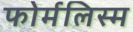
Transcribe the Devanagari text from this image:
फोर्मलिस्म